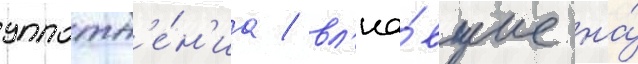
уплотн'е́н'иа / вл'иа́вшие на́